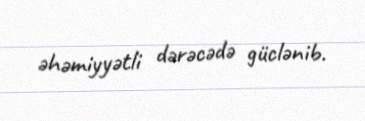
əhəmiyyətli dərəcədə güclənib.